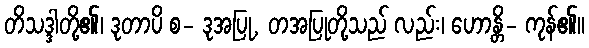
တိသဒ္ဒါတို့၏၊ ဒုတာပိ စ- ဒုအပြု, တအပြုတို့သည် လည်း၊ ဟောန္တိ- ကုန်၏။